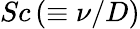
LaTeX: Sc\left(\equiv\nu/D\right)